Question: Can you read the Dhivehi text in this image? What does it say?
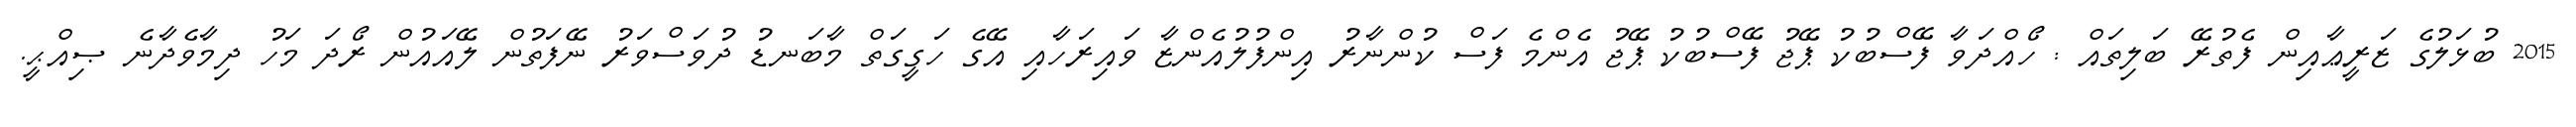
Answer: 2015 ބުޅަލުގެ ޒަރީޢާއިން ފެތުރޭ ބަލިތައް : ހޯއްދަވާ ފޭސްބުކު ޕޭޖު ފޭސްބުކު ޕޭޖު އެންމެ ފަސް ކުންނާރު އިންފުލުއެންޒާ ވައިރަހާއި އޭގެ ހަގީގަތް މާބަނޑު ދުވަސްވަރު ނޭފަތުން ލޭއައުން ރޯދަ މަހު ދިމާވެދާނެ ޞިއްޙީ.